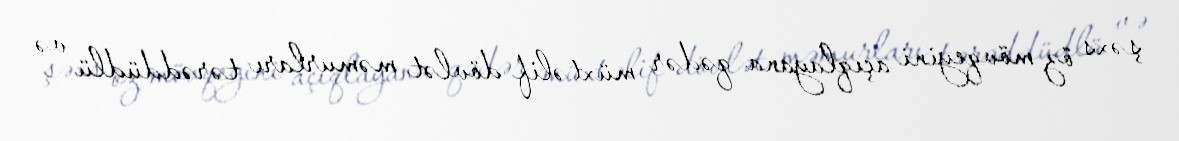
şəxs öz mövqeyini açıqlayana qədər müxtəlif dövlət məmurları tərəddüdlü və